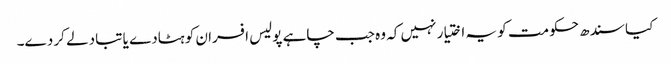
کیا سندھ حکومت کو یہ اختیار نہیں کہ وہ جب چاہے پولیس افسران کو ہٹادے یا تبادلے کر دے۔